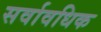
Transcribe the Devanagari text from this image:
सर्वावधिक